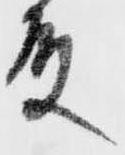
殿